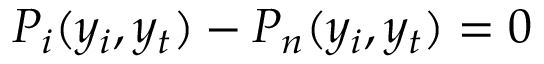
P _ { i } ( y _ { i } , y _ { t } ) - P _ { n } ( y _ { i } , y _ { t } ) = 0